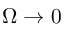
\Omega \rightarrow 0